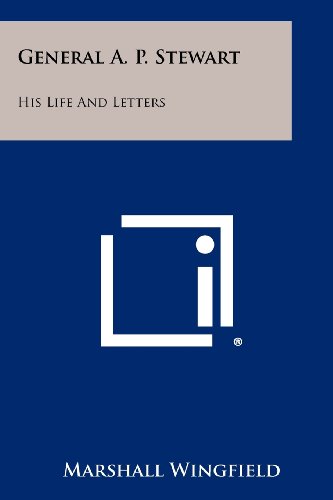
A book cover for General A. P. Stewart: His Life And Letters; Marshall Wingfield; Literature & Fiction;